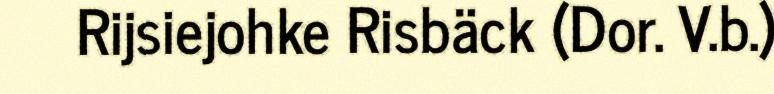
Rijsiejohke Risbäck (Dor. V.b.)